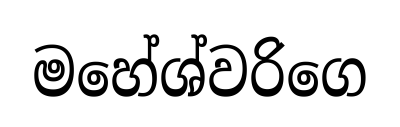
මහේශ්වරිගෙ